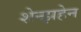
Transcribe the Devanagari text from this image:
शेन्झहेन